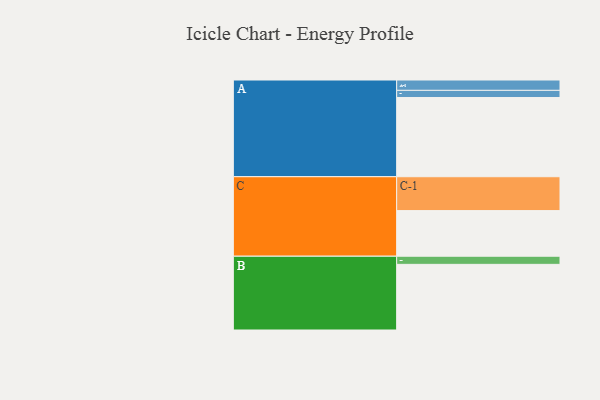
{"axis": {"x": "Segment", "y": "Value"}, "legend": ["", "A", "B", "C"], "data": [{"x": "A", "y": 566, "type": ""}, {"x": "B", "y": 469, "type": ""}, {"x": "C", "y": 326, "type": ""}, {"x": "A-1", "y": 74, "type": "A"}, {"x": "A-2", "y": 51, "type": "A"}, {"x": "B-1", "y": 58, "type": "B"}, {"x": "C-1", "y": 242, "type": "C"}]}